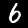
Label: 6